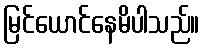
မြင်ယောင်နေမိပါသည်။